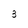
Character: 3